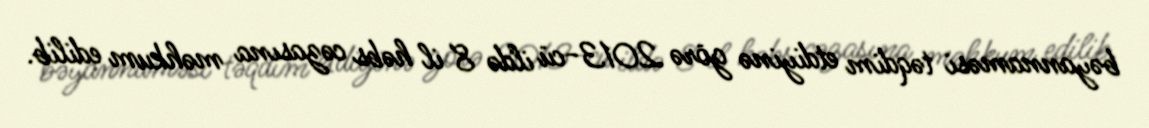
bəyannaməsi təqdim etdiyinə görə 2013-cü ildə 8 il həbs cəzasına məhkum edilib.